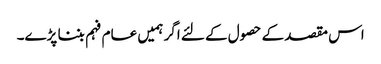
اس مقصد کے حصول کے لئے اگر ہمیں عام فہم بننا پڑے۔